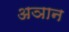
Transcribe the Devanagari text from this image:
अञान